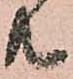
共